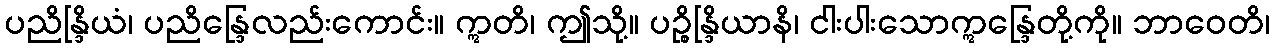
ပညိန္ဒြိယံ၊ ပညိန္ဒြေလည်းကောင်း။ ဣတိ၊ ဤသို့။ ပဉ္စိန္ဒြိယာနိ၊ ငါးပါးသောဣန္ဒြေတို့ကို။ ဘာဝေတိ၊